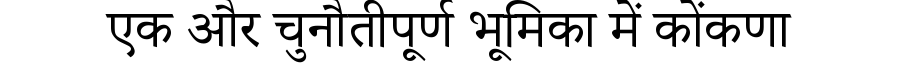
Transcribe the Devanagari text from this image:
एक और चुनौतीपूर्ण भूमिका में कोंकणा